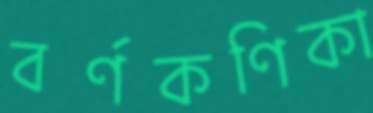
বর্ণকণিকা